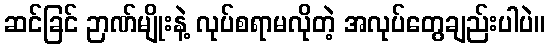
ဆင်ခြင် ဉာဏ်မျိုးနဲ့ လုပ်စရာမလိုတဲ့ အလုပ်တွေချည်းပါပဲ။